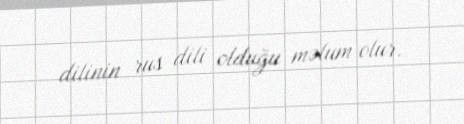
dilinin rus dili olduğu məlum olur.